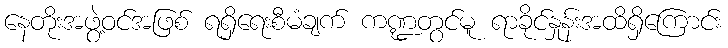
နေတိုးအဖွဲ့ဝင်အဖြစ် ရရှိရေးစီမံချက် ကဏ္ဍတွင်မူ ရာခိုင်နှုန်းအထိရှိကြောင်း